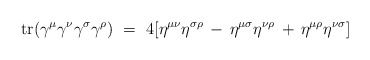
\begin{align*}\mbox{tr} (\gamma^\mu \gamma^\nu \gamma^\sigma \gamma^\rho) ~=~4[ \eta^{\mu \nu} \eta^{\sigma \rho} \, - \, \eta^{\mu \sigma}\eta^{\nu \rho} \, + \, \eta^{\mu \rho} \eta^{\nu \sigma}]\end{align*}